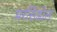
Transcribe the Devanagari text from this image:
मरसिंडोल